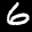
Label: 6